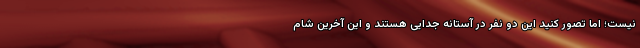
نیست؛ اما تصور کنید این دو نفر در آستانه جدایی هستند و این آخرین شام